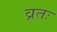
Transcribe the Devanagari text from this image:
व्रतः